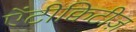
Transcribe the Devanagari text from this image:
ऐंटीक्विटीज़